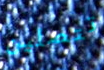
تتصلين